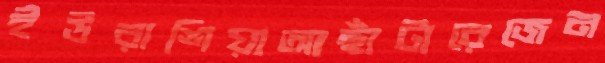
ইউরাশিয়াআছাঁটারেজেন